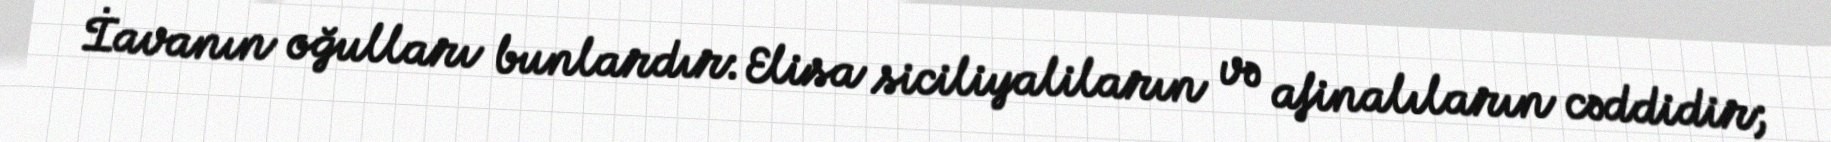
İavanın oğulları bunlardır: Elisa siciliyaliların və afinalıların cəddidir;